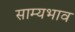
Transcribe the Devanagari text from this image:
साम्यभाव